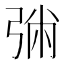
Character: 㢼